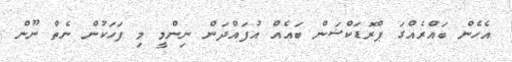
އެހެން ބައްރެއްގަ ޕްރޮޑަކްޝަން ބައެއް އުފައްދަން ނިންމީ މި ފަހަކުން ނެތް ނޫން